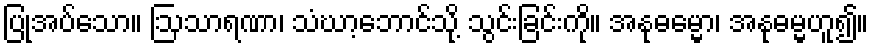
ပြုအပ်သော။ ဩသာရဏာ၊ သံဃာ့ဘောင်သို့ သွင်းခြင်းကို။ အနုဓမ္မော၊ အနုဓမ္မဟူ၍။